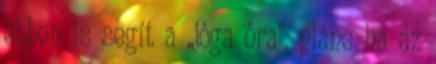
ebben is segít a „jóga óra”, pláne ha az